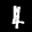
Label: 4